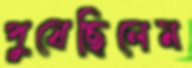
পুষেছিলেম